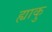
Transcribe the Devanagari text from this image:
ह्याकु